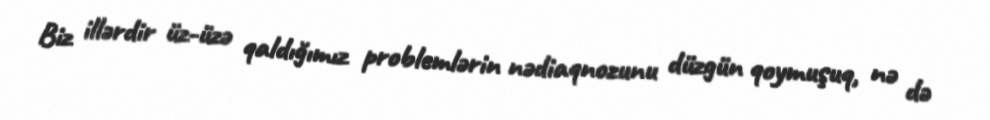
Biz illərdir üz-üzə qaldığımız problemlərin nədiaqnozunu düzgün qoymuşuq, nə də